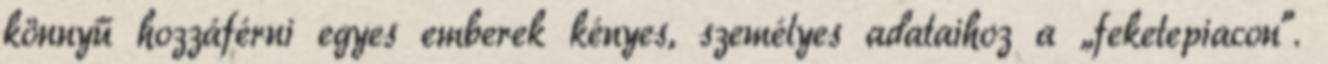
könnyű hozzáférni egyes emberek kényes, személyes adataihoz a „feketepiacon”.